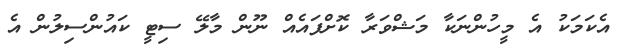
އެކަމަކު އެ މީހުންނަކާ މަޝްވަރާ ކޮށްފައެއް ނޫން މާލޭ ސިޓީ ކައުންސިލުން އެ